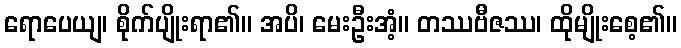
ရောပေယျ၊ စိုက်ပျိုးရာ၏။ အပိ၊ မေးဦးအံ့။ တဿဗီဇဿ၊ ထိုမျိုးစေ့၏။